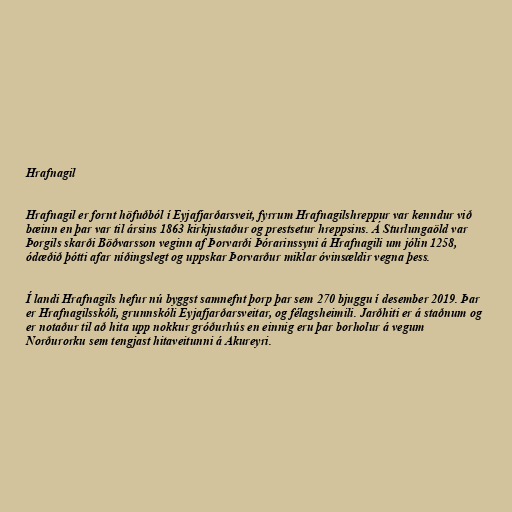
Hrafnagil

Hrafnagil er fornt höfuðból í Eyjafjarðarsveit, fyrrum Hrafnagilshreppur var kenndur við
bæinn en þar var til ársins 1863 kirkjustaður og prestsetur hreppsins. Á Sturlungaöld var
Þorgils skarði Böðvarsson veginn af Þorvarði Þórarinssyni á Hrafnagili um jólin 1258,
ódæðið þótti afar níðingslegt og uppskar Þorvarður miklar óvinsældir vegna þess.

Í landi Hrafnagils hefur nú byggst samnefnt þorp þar sem 270 bjuggu í desember 2019. Þar
er Hrafnagilsskóli, grunnskóli Eyjafjarðarsveitar, og félagsheimili. Jarðhiti er á staðnum og
er notaður til að hita upp nokkur gróðurhús en einnig eru þar borholur á vegum
Norðurorku sem tengjast hitaveitunni á Akureyri.